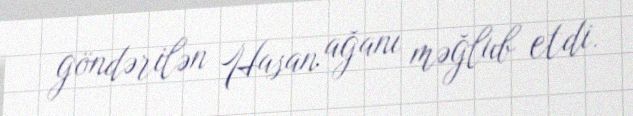
göndərilən Hasan ağanı məğlub etdi.